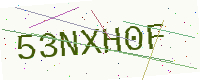
Text: 53NXH0F